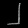
Digit: ၂